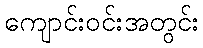
ကျောင်းဝင်းအတွင်း